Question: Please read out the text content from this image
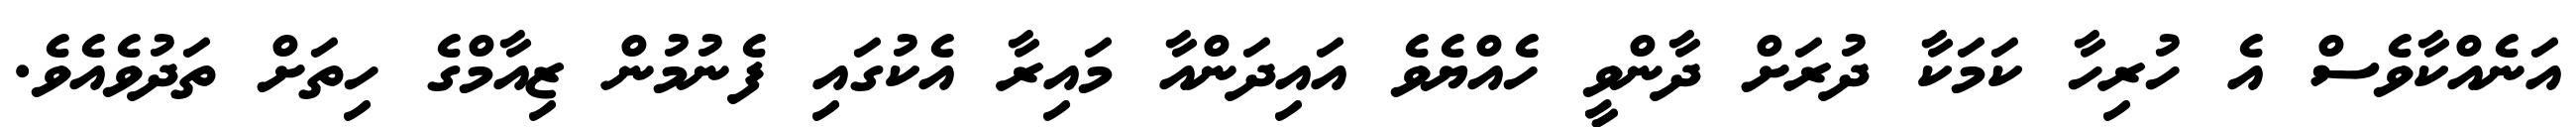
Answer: އަނެއްކާވެސް އެ ހުރިހާ ކަމަކާ ދުރަށް ދާންވީ ހެއްޔެވެ އައިދަންއާ މައިރާ އެކުގައި ފެނުމުން ޒިއާމްގެ ހިތަށް ތަދުވެއެވެ.